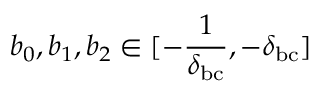
b _ { 0 } , b _ { 1 } , b _ { 2 } \in [ - \frac { 1 } { \delta _ { \mathrm { b c } } } , - \delta _ { \mathrm { b c } } ]